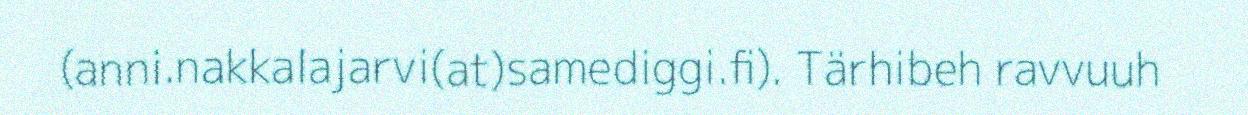
(anni.nakkalajarvi(at)samediggi.fi). Tärhibeh ravvuuh